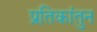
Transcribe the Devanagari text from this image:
प्रतिकांतुन